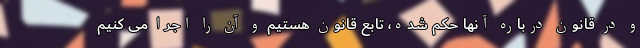
و در قانون درباره آنها حکم شده، تابع قانون هستیم و آن را اجرا می کنیم